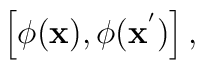
\left[ \phi ({\bf x}), \phi ({\bf x}^{'})\right],